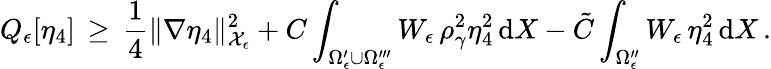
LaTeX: Q_{\epsilon}[\eta_{4}]\, \ge\, \frac 14\| \nabla\eta_{4}\| _{\mathcal{X}_{\epsilon}}^{2}+C\int_{\Omega_{\epsilon}^{\prime}\cup\Omega_{\epsilon}^{\prime\prime\prime}}W_{\epsilon}\, \rho_{\gamma}^{2}\eta_{4}^{2}\, \mathrm{d}X-\tilde{C}\int_{\Omega_{\epsilon}^{\prime\prime}}W_{\epsilon}\, \eta_{4}^{2}\, \mathrm{d}X\, .